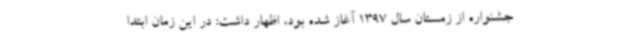
جشنواره از زمستان سال 1397 آغاز شده بود، اظهار داشت: در این زمان ابتدا